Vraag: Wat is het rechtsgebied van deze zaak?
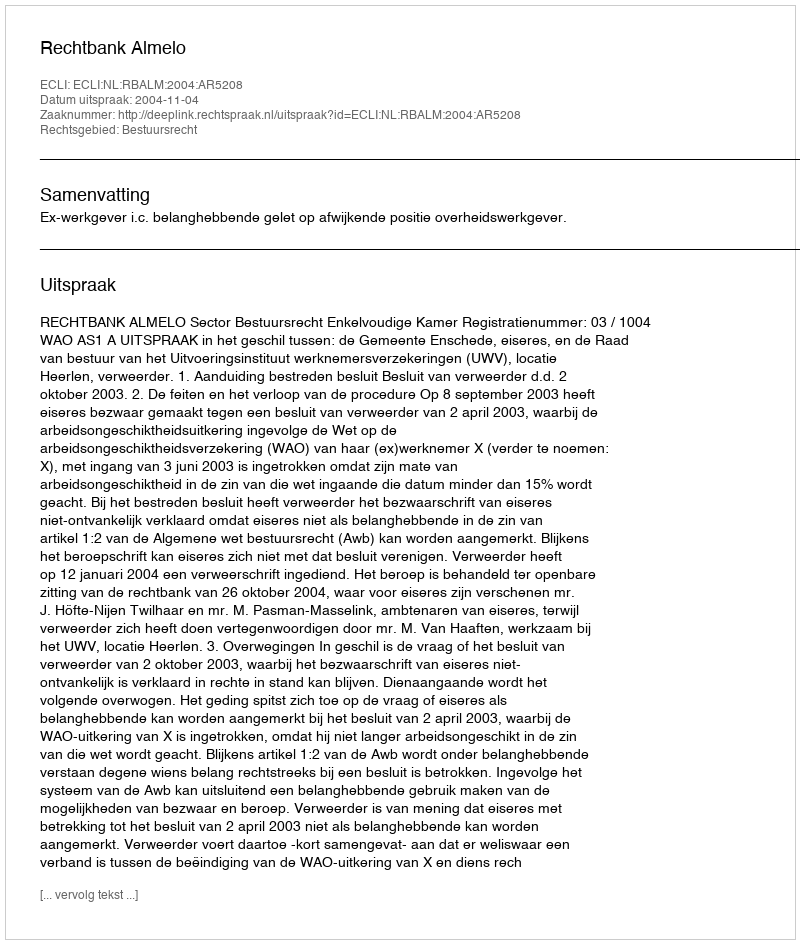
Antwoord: Bestuursrecht